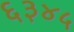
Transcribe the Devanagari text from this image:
६३४५